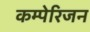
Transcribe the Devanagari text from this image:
कम्पेरिजन